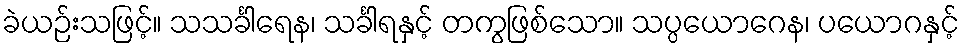
ခဲယဉ်းသဖြင့်။ သသင်္ခါရေန၊ သင်္ခါရနှင့် တကွဖြစ်သော။ သပ္ပယောဂေန၊ ပယောဂနှင့်